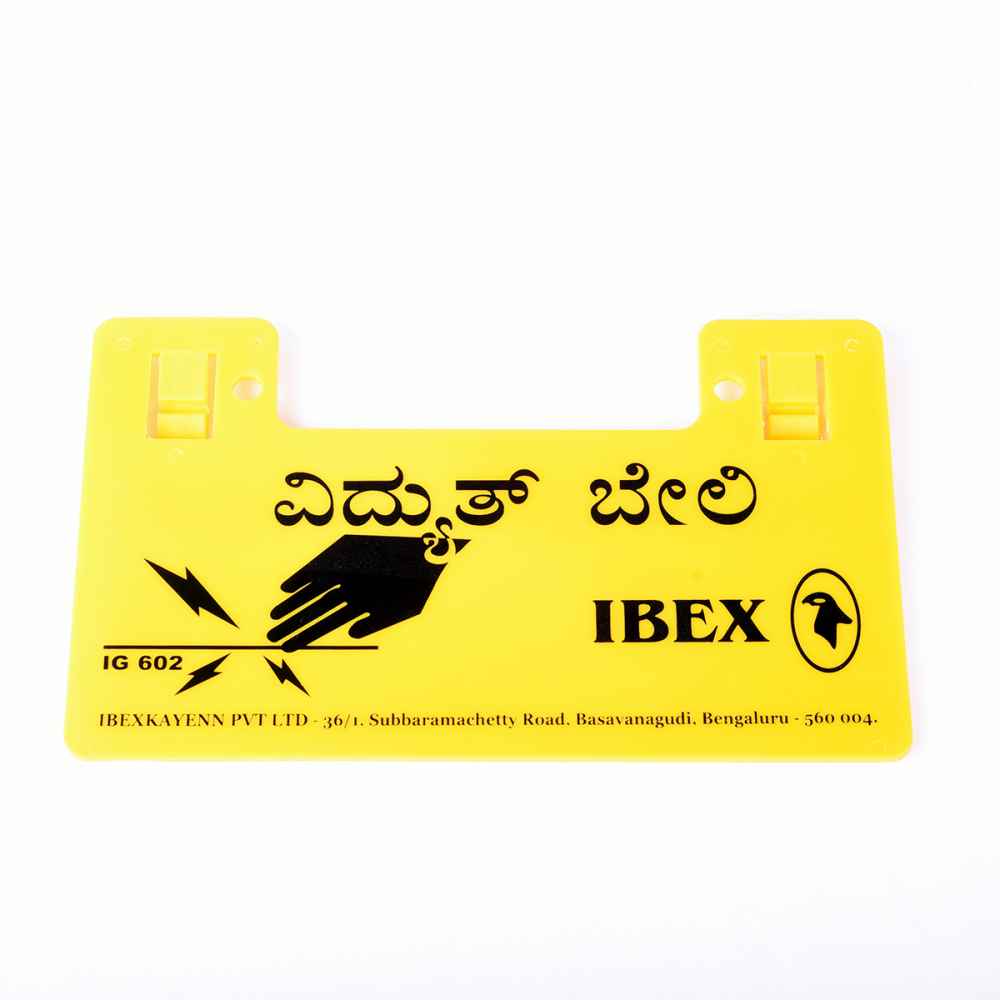
Language: kannada
Transcription: ಬೇಲಿ ವಿದ್ಯುತ್